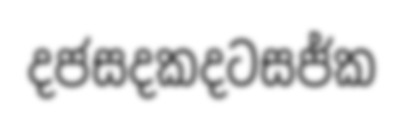
දජසදකදටසජ්ක